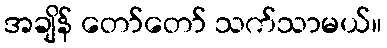
အချိန် တော်တော် သက်သာမယ်။